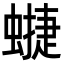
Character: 𧐥